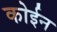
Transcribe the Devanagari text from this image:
कोईन